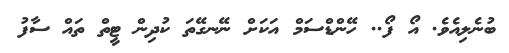
ބުނެލިއެވެ. އޯ ފޯ.. ހޭންޑްސަމް އަކަށް ނޭނގޭތަ ކުދިން ޓީތް ތައް ސާފު